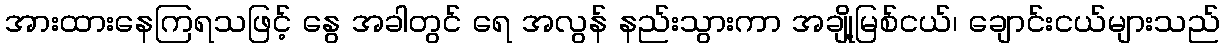
အားထားနေကြရသဖြင့် နွေ အခါတွင် ရေ အလွန် နည်းသွားကာ အချို့မြစ်ငယ်၊ ချောင်းငယ်များသည်